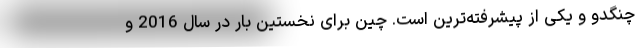
چنگدو و یکی از پیشرفته‌ترین است. چین برای نخستین بار در سال 2016 و